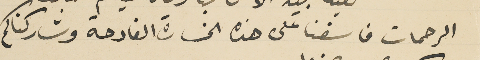
الرحمات فاسفنا على هذه الخسارة الفادحة وشاركناكم